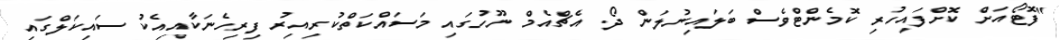
"ފޮޓޯއަށް ކޮށްފައިހުރި ކޮމެންޓްވެސް ބަލައިނުލަން ދޯ. އެޗްއެމް ނޫހުގައި މަސައްކަތްކުރިއިރު ފިރިހެނަކާއިއެކު ސައިކަލްގައި